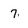
Character: 7